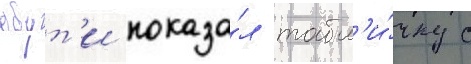
обут'и показа́л табл'и́чку с